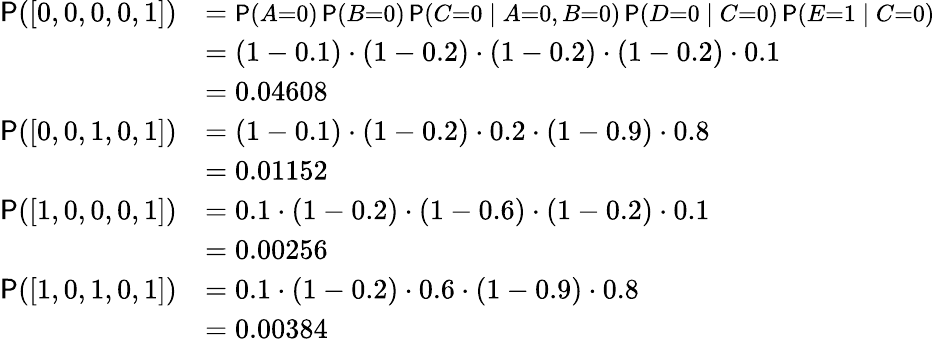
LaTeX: \begin{array}{rl}{\mathsf P([0,0,0,0,1])}&{={\small\mathsf P(A{=}0)\, \mathsf P(B{=}0)\, \mathsf P(C{=}0\mid A{=}0,B{=}0)\, \mathsf P(D{=}0\mid C{=}0)\, \mathsf P(E{=}1\mid C{=}0)}}\\ &{=(1-0.1)\cdot(1-0.2)\cdot(1-0.2)\cdot(1-0.2)\cdot 0.1}\\ &{=0.04608}\\ {\mathsf P([0,0,1,0,1])}&{=(1-0.1)\cdot(1-0.2)\cdot 0.2\cdot(1-0.9)\cdot 0.8}\\ &{=0.01152}\\ {\mathsf P([1,0,0,0,1])}&{=0.1\cdot(1-0.2)\cdot(1-0.6)\cdot(1-0.2)\cdot 0.1}\\ &{=0.00256}\\ {\mathsf P([1,0,1,0,1])}&{=0.1\cdot(1-0.2)\cdot 0.6\cdot(1-0.9)\cdot 0.8}\\ &{=0.00384}\end{array}